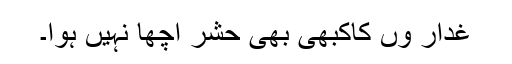
غدار وں کاکبھی بھی حشر اچھا نہیں ہوا۔